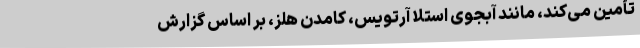
تأمین می‌کند، مانند آبجوی استلا آرتویس، کامدن هلز، بر اساس گزارش